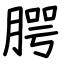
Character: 腭